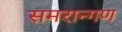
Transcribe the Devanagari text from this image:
समरान्गण